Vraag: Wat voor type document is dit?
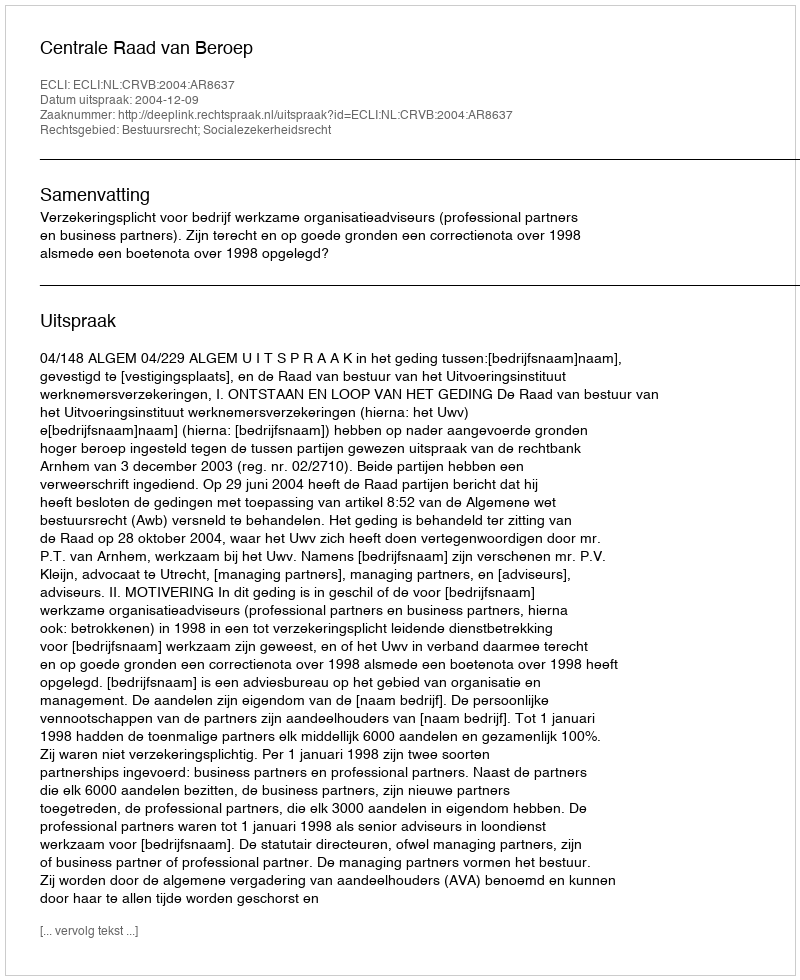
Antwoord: Uitspraak